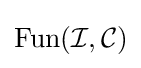
\operatorname {Fun} ({\mathcal {I}},{\mathcal {C}})